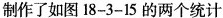
制作了如图18-3-15的两个统计